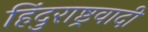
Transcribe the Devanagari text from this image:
हिंदुराष्ट्रवादी